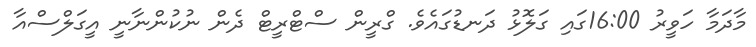
މާދަމާ ހަވީރު 16:00ގައި ގަލޮޅު ދަނޑުގައެވެ. ގްރީން ސްޓްރީޓް ދެން ނުކުންނާނީ އީގަލްސްއާ